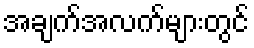
အချက်အလက်များတွင်